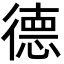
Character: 德